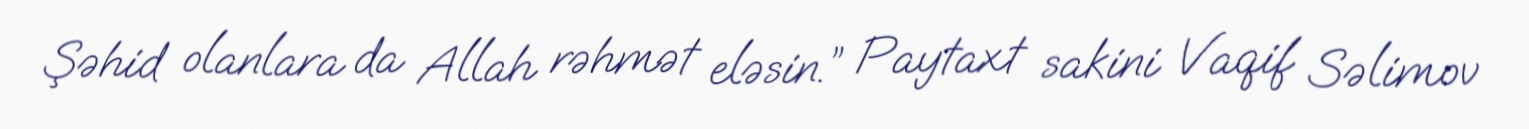
Şəhid olanlara da Allah rəhmət eləsin.” Paytaxt sakini Vaqif Səlimov